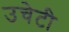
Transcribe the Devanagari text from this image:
उचेटी